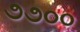
૭૭૦૦